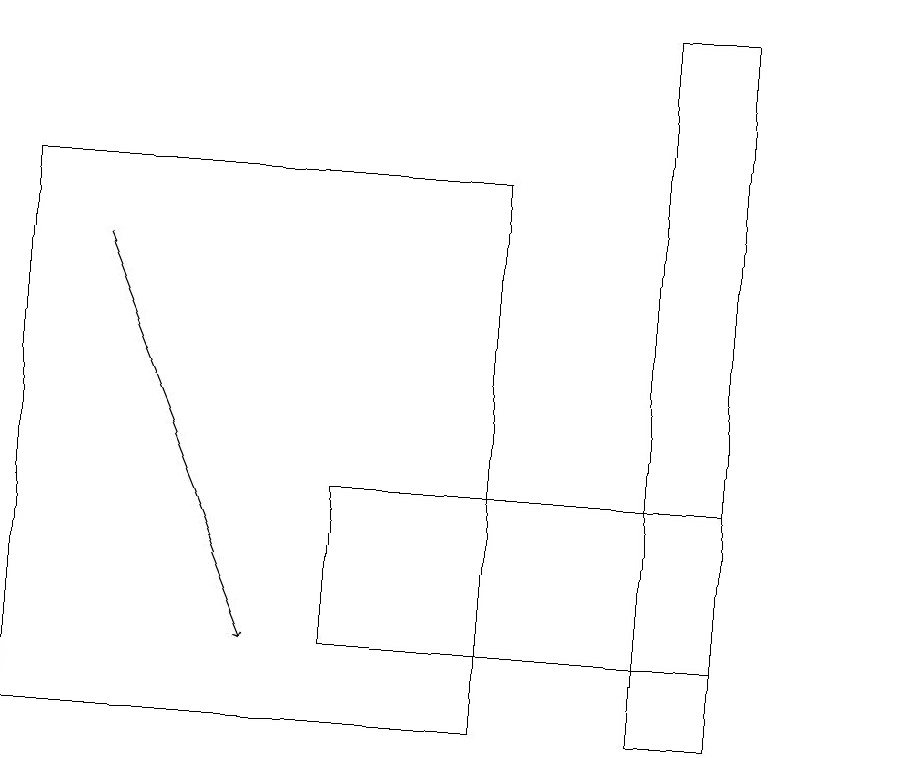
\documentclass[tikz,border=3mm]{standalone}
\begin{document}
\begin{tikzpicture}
\draw (9,10) rectangle (8,19);
\draw (6,10) rectangle (0,17);
\draw (4,11) rectangle (9,13);
\draw[->] (1,16) -- (3,11);
\draw (11,12) circle (0);
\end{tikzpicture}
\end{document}